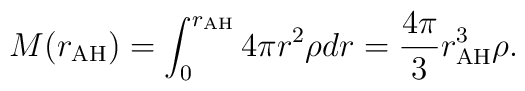
M(r_{\rm AH}) = \int_0^{r_{\rm AH}} 4\pi r^2 \rho dr = \frac{4\pi}{3}  r_{\rm AH}^3 \rho.